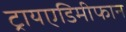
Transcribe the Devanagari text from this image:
ट्रायएडिमीफान